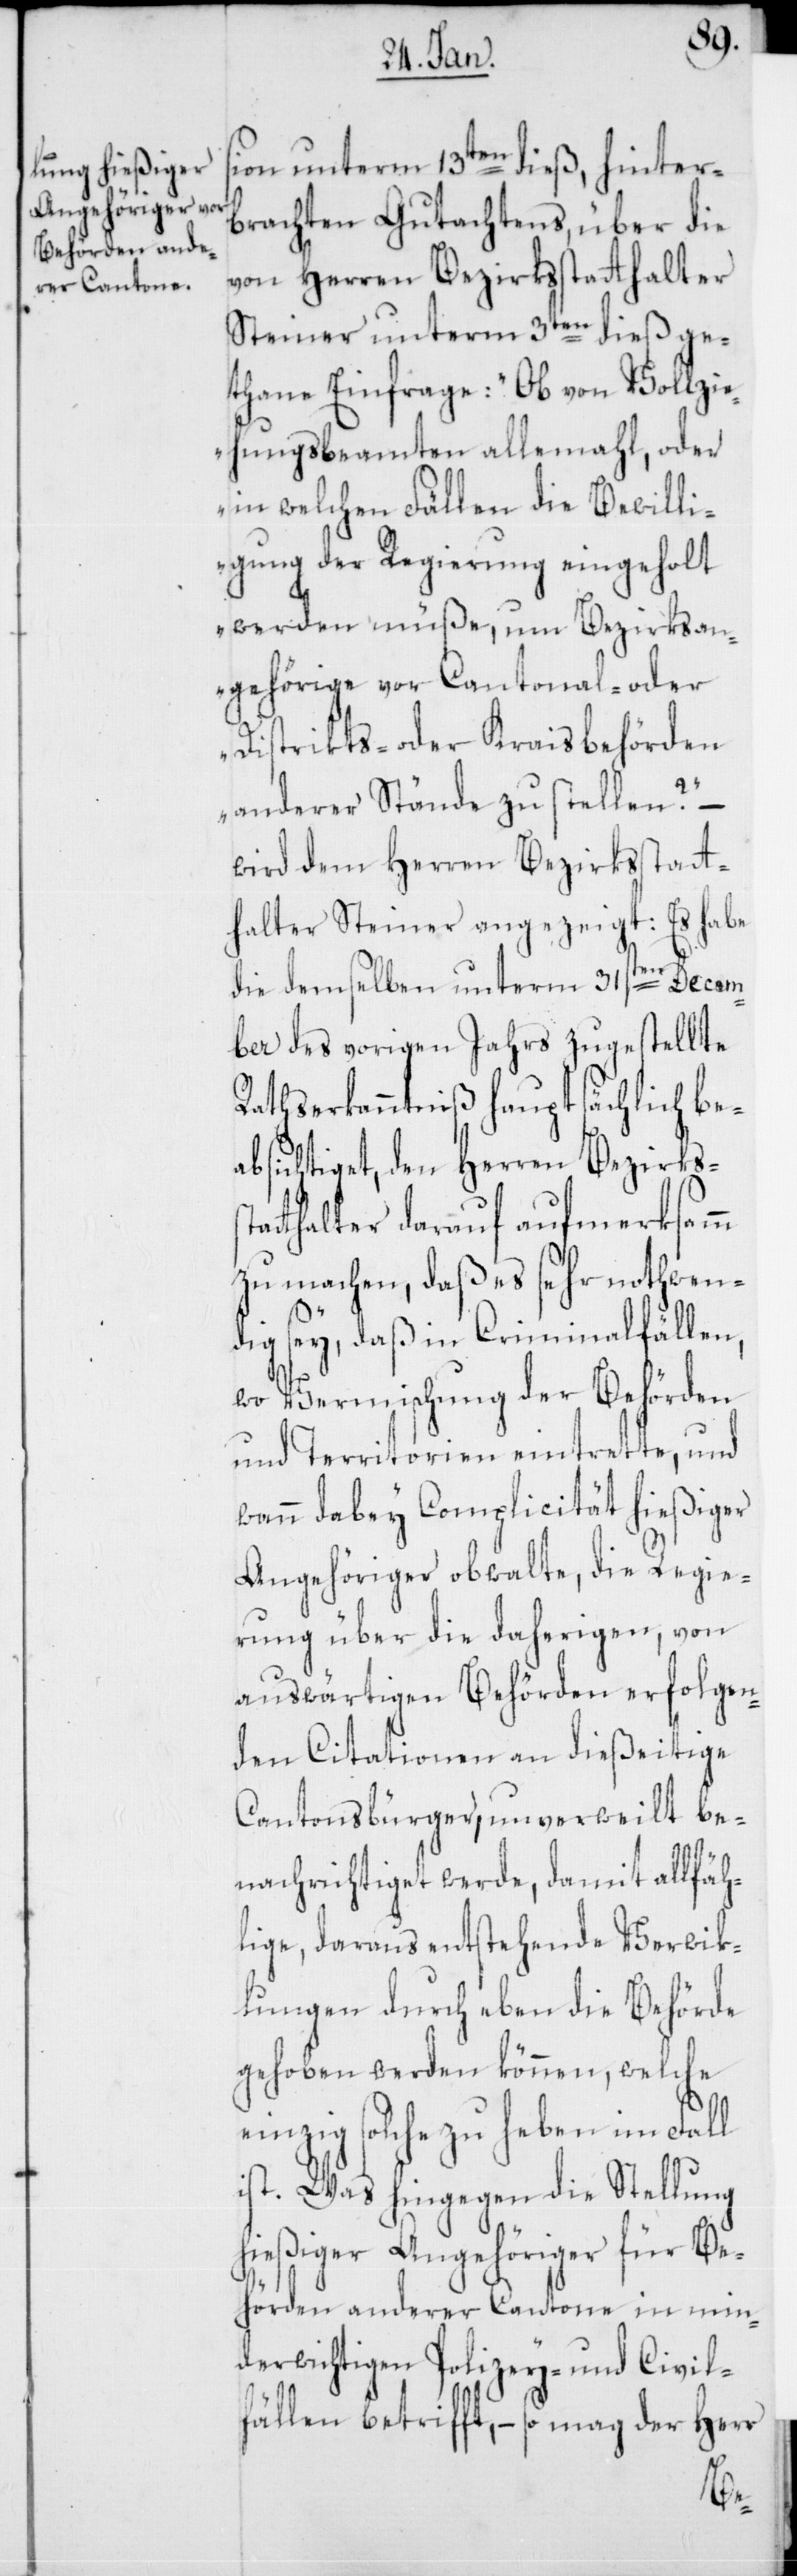
ion unterm 13ten dieß, hinter¬
brachten Gutachtens, über die
von Herren Bezirksstatthalter
Steiner unterm 3ten dieß ge¬
thane Einfrage: „Ob von Vollzi¬
ehungsbeamten allemahl, oder
in welchen Fällen die Bewilli¬
gung der Regierung eingeholt
werden müße, um Bezirksan¬
gehörige von Cantonal- oder
Distrikts- oder Kraisbehörden
anderer Stände zu stellen?“ –
wird dem Herren Bezirksstatt¬
halter Steiner angezeigt: Es habe
die demselben unterm 31sten Decem¬
ber des vorigen Jahrs zugestellte
Rathserkanntniß hauptsächlich be¬
absichtiget, den Herren Bezirkss¬
tthalter darauf ausmerksamm
zu machen, daß es sehr nothwen¬
dig sey, daß in Criminalfällen,
wo Vermischung der Behörden
und Territorien eintrete, und
wann dabey Complicität hießiger
Angehöriger obwalte, die Regie¬
rung über die daherigen, von
auswärtigen Behörden erfolgen¬
den Citationen an dießeitige
Cantonsbürger, unverweilt be¬
nachrichtiget werde, damit allfäh¬
lige, daraus entstehende Verwik¬
lungen durch eben die Behörde
gehoben werden können, welche
einzig solche zu heben im Fall
ist. Was hingegen die Stellung
hießiger Angehöriger für Be¬
hörden anderer Cantone in min¬
derwichtigen Polizey- und Civil¬
fällen betrifft, – so mag der Herr
ta¬